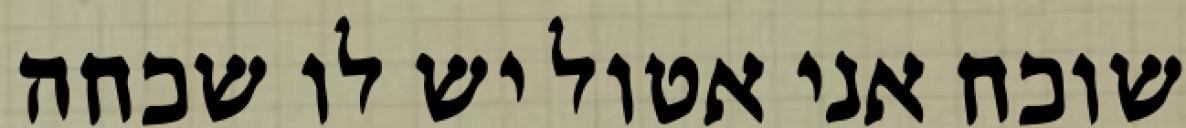
שוכח אני אטול יש לו שכחה